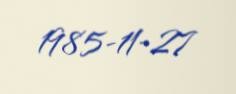
1985-11-27